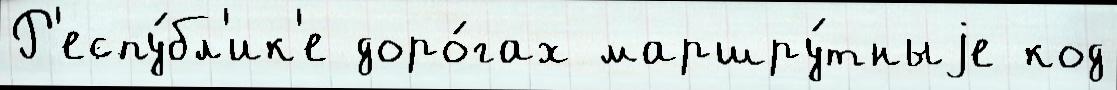
Р'еспу́бл'ик'е доро́гах маршру́тныjе код